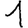
Digit: 1